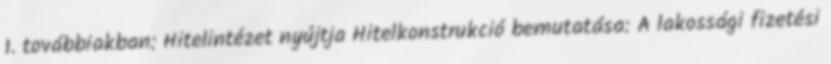
1. továbbiakban: Hitelintézet nyújtja Hitelkonstrukció bemutatása: A lakossági fizetési